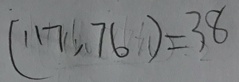
( 1 1 7 . 7 6 ) = 3 8